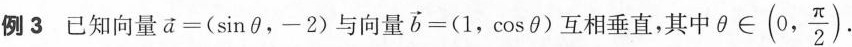
例3已知向量$$\overrightarrow { a } = ( \sin θ，- 2 )$$与向量$$\overrightarrow { b } = ( 1 , \cos θ )$$互相垂直，其中θ∈(0,\frac{π}{2}).